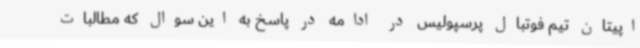
اپیتان تیم فوتبال پرسپولیس در ادامه در پاسخ به این سوال که مطالبات